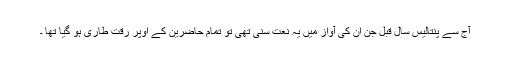
آج سے پنتالیس سال قبل جن ان کی آواز میں یہ نعت سنی تھی تو تمام حاضرین کے اوپر رقت طاری ہو گیا تھا ۔